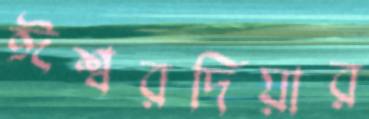
ঈশ্বরদিয়ার